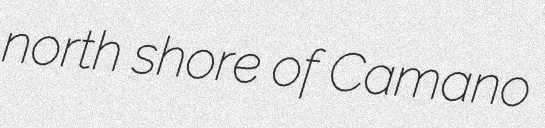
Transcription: north shore of Camano